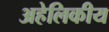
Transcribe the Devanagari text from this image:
अहेलिकीय